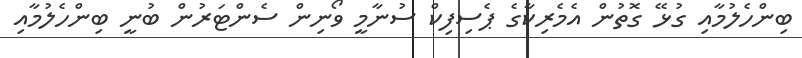
ބިންހެލުމާއި ގުޅޭ ގޮތުން އެމެރިކާގެ ޕެސިފިކް ސުނާމީ ވޯނިން ސެންޓަރުން ބުނީ ބިންހެލުމާއި